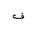
Letter: _fa